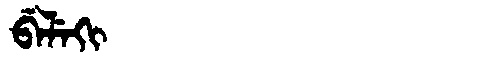
Manchu: ᠪᡝᠯᡝᡴᡳ
Romanization: BELEKI